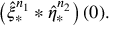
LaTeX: \left( \hat { \xi } _ { \ast } ^ { n _ { 1 } } \ast \hat { \eta } _ { \ast } ^ { n _ { 2 } } \right) ( 0 ) .